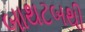
બાથટબથી